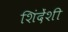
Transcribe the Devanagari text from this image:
शिंदेंशी